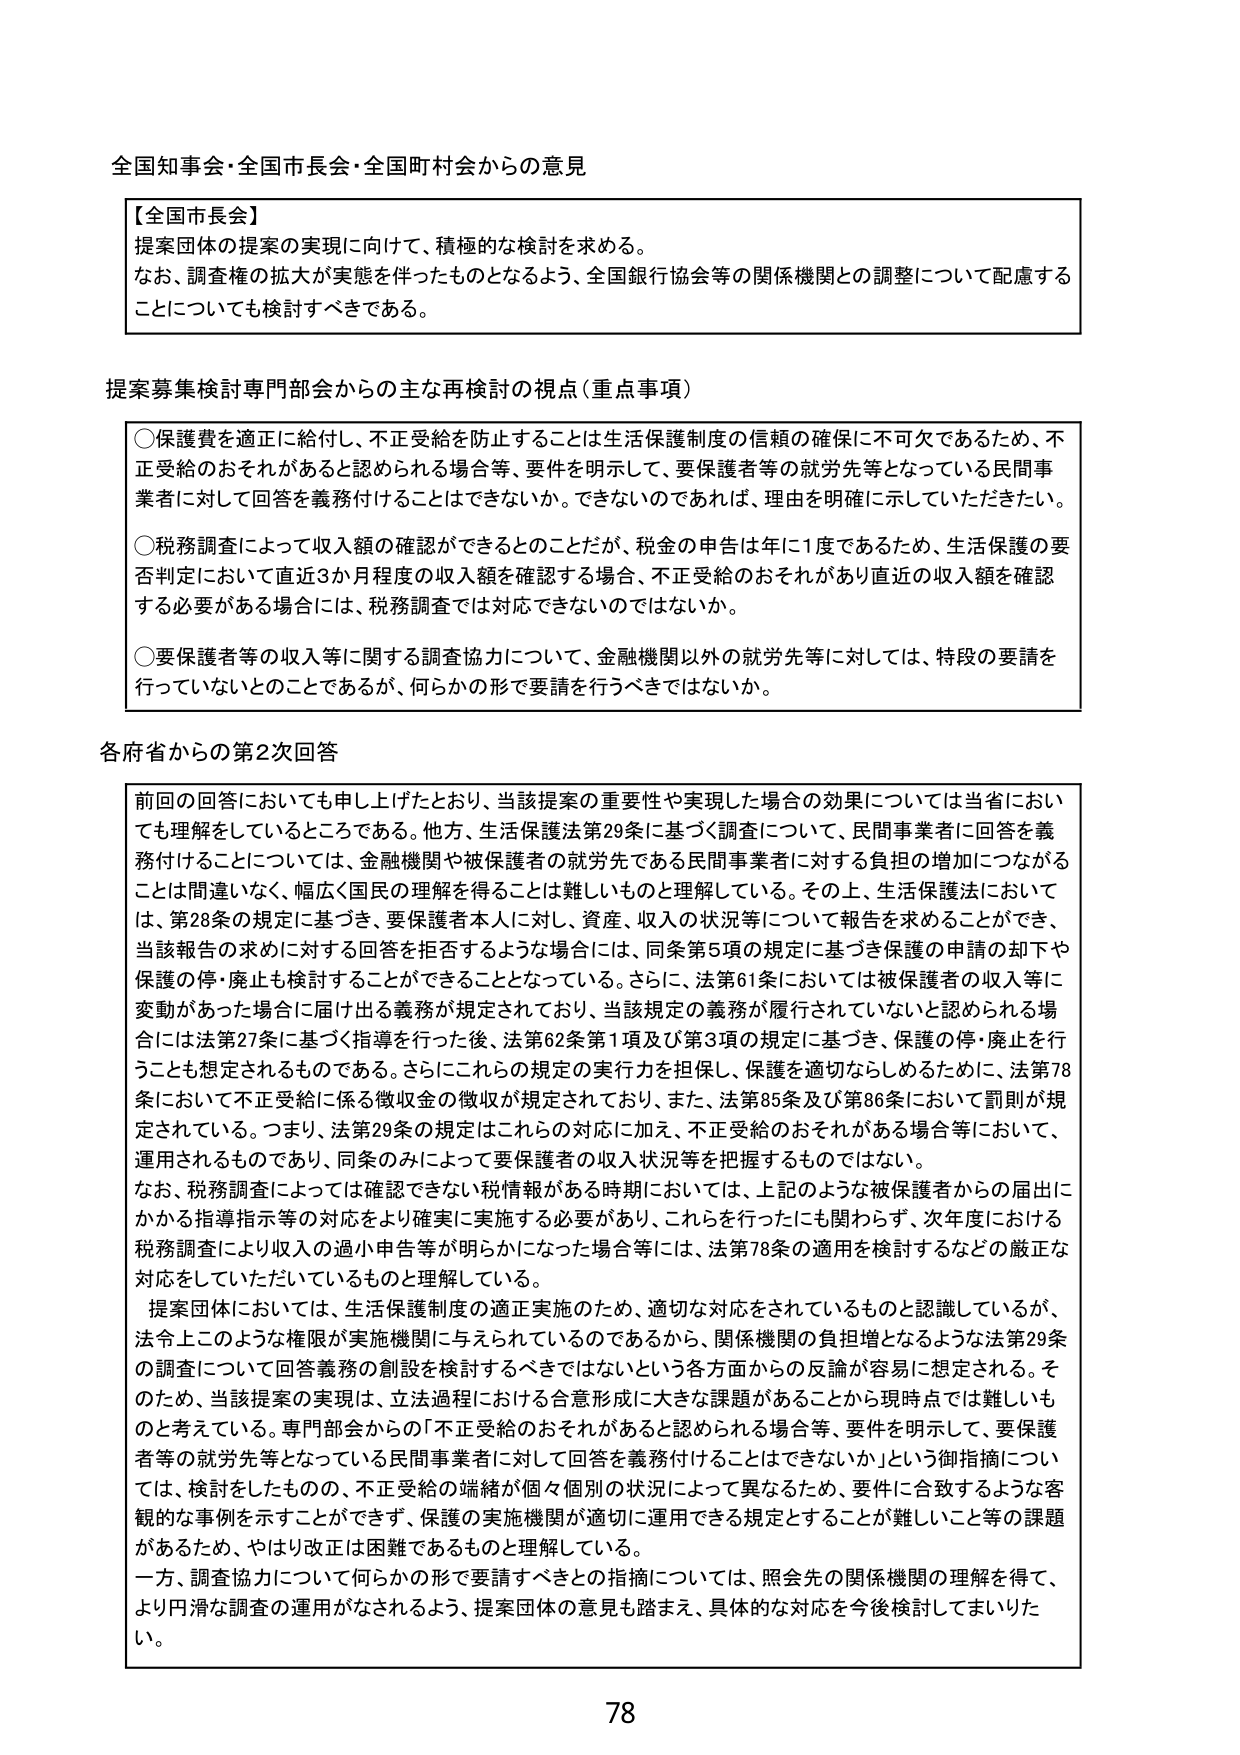
全国知事会・全国市長会・全国町村会からの意見

【全国市長会】
提案団体の提案の実現に向けて、積極的な検討を求める。
なお、調査権の拡大が実態を伴ったものとなるよう、全国銀行協会等の関係機関との調整について配慮することについても検討すべきである。

提案募集検討専門部会からの主な再検討の視点（重点事項）

○保護費を適正に給付し、不正受給を防止することは生活保護制度の信頼の確保に不可欠であるため、不正受給のおそれがあると認められる場合等、要件を明示して、要保護者等の就労先等となっている民間事業者に対して回答を義務付けることはできないか。できないのであれば、理由を明確に示していただきたい。

○税務調査によって収入額の確認ができるとのことだが、税金の申告は年に1度であるため、生活保護の要否判定において直近3か月程度の収入額を確認する場合、不正受給のおそれがあり直近の収入額を確認する必要がある場合には、税務調査では対応できないのではないか。

○要保護者等の収入等に関する調査協力について、金融機関以外の就労先等に対しては、特段の要請を行っていないとのことであるが、何らかの形で要請を行うべきではないか。

各府省からの第2次回答

前回の回答においても申し上げたとおり、当該提案の重要性や実現した場合の効果については当省においても理解をしているところである。他方、生活保護法第29条に基づく調査について、民間事業者に回答を義務付けることについては、金融機関や被保護者の就労先である民間事業者に対する負担の増加につながることは間違いなく、幅広く国民の理解を得ることは難しいものと理解している。その上、生活保護法においては、第28条の規定に基づき、要保護者本人に対し、資産、収入の状況等について報告を求めることができ、当該報告の求めに対する回答を拒否するような場合には、同条第5項の規定に基づき保護の申請の却下や保護の停・廃止も検討することができるとなっている。さらに、法第61条においては被保護者の収入等に変動があった場合に届け出る義務が規定されており、当該規定の義務が履行されていないと認められる場合には法第27条に基づく指導を行った後、法第62条第1項及び第3項の規定に基づき、保護の停・廃止を行うことも想定されるものである。さらにこれらの規定の実行力を担保し、保護を適切ならしめるために、法第78条において不正受給に係る徴収金の徴収が規定されており、また、法第85条及び第86条において罰則が規定されている。つまり、法第29条の規定はこれらの対応に加え、不正受給のおそれがある場合等において、運用されるものであり、同条のみによって要保護者の収入状況等を把握するものではない。

なお、税務調査によっては確認できない税情報がある時期においては、上記のような被保護者からの届出にかかる指導指示等の対応をより確実に実施する必要があり、これらを行ったにも関わらず、次年度における税務調査により収入の過小申告等が明らかになった場合等には、法第78条の適用を検討するなどの厳正な対応をしていただいているものと理解している。

提案団体においては、生活保護制度の適正実施のため、適切な対応をされているものと認識しているが、法令上このような権限が実施機関に与えられるものであるから、関係機関の負担増となるような法第29条の調査について回答義務の創設を検討するべきではないという各方面からの反論が容易に想定される。そのため、当該提案の実現は、立法過程における合意形成に大きな課題があることから現時点では難しいものと考えている。専門部会からの「不正受給のおそれがあると認められる場合等、要件を明示して、要保護者等の就労先等となっている民間事業者に対して回答を義務付けることはできないか」という御指摘については、検討をしたものの、不正受給の端緒が個々個別の状況によって異なるため、要件に合致するような客観的な事例を示すことができず、保護の実施機関が適切に運用できる規定とすることが難しいこと等の課題があるため、やはり改正は困難であるものと理解している。

一方、調査協力について何らかの形で要請すべきとの指摘については、照会先の関係機関の理解を得て、より円滑な調査の運用がなされるよう、提案団体の意見も踏まえ、具体的な対応を今後検討してまいりたい。

78